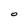
Character: O